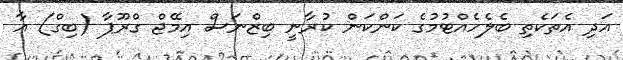
އަދި އެތަކެތި ބެލެހެއްޓުމުގެ ކަންކަން ކުރާނީ ބިޒްނަސް އިމޭޖް ގްރޫޕާ (ބިގް) އާ